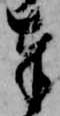
奉